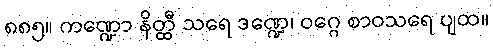
၈၈၅။ ကဏ္ဍော နိတ္ထီ သရေ ဒဏ္ဍေ၊ ဝဂ္ဂေ စာဝသရေ ပျထ။